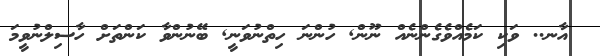
އާނ.. ވަކި ކަމެއްވެގެންނެއް ނޫން